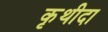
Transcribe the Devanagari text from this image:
कृथीदा